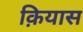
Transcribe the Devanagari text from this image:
क़ियास